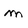
Character: m